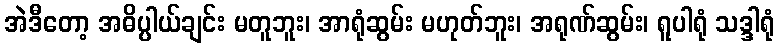
အဲဒီတော့ အဓိပ္ပါယ်ချင်း မတူဘူး၊ အာရုံဆွမ်း မဟုတ်ဘူး၊ အရုဏ်ဆွမ်း၊ ရူပါရုံ သဒ္ဒါရုံ